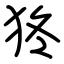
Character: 㹣